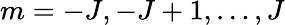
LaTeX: m=-J,-J+1,\dots,J